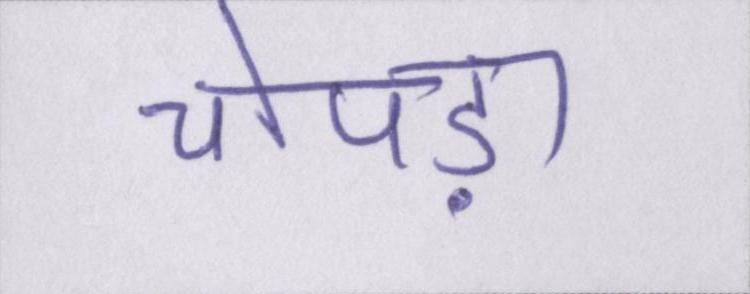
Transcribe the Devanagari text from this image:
चोपड़ा